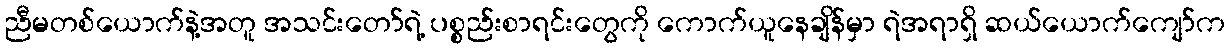
ညီမတစ်ယောက်နဲ့အတူ အသင်းတော်ရဲ့ ပစ္စည်းစာရင်းတွေကို ကောက်ယူနေချိန်မှာ ရဲအရာရှိ ဆယ်ယောက်ကျော်က